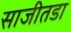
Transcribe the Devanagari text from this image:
साजीतडा